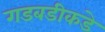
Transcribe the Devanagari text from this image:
गडबडीकडे